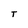
Character: T